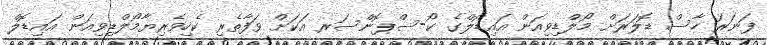
ފަނަރަ ހާސް ޑޮލަރަށް މޯލްޑިވިއަން އައިޑޮލްގެ ކޯ-ސްޕޮންސަރ އަކަށް ވަފާތެރި ކެހިވެރިޔާމޯލްޑިވިއަން އައިޑޮލް